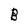
Character: B